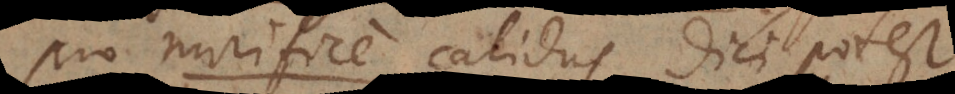
pro mirifice calidus dici potest